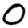
Digit: 0